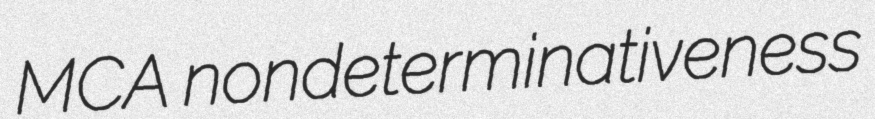
MCA nondeterminativeness